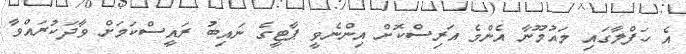
އެ ހަފްލާގައި މައުމޫނާ އެންމެ އަރިސްކޮށް އިންނެވީ ޕާޓީގެ ނައިބު ރައީސްކަމަށް ވާދަކުރައްވާ